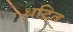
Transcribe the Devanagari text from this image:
धटित